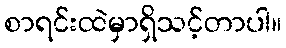
စာရင်းထဲမှာရှိသင့်တာပါ။